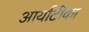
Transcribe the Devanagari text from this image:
आर्याटीका